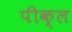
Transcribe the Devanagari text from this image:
पीक्ल